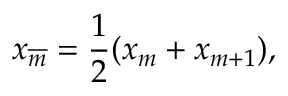
x _ { \overline { { m } } } = { \frac { 1 } { 2 } } ( x _ { m } + x _ { m + 1 } ) ,